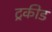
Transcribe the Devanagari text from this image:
ट्रकीड